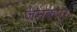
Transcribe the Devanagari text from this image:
जनकपूर